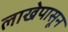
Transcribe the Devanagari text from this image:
लाखेपासून